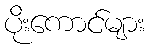
ပိုးကောင်များ